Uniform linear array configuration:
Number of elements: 4
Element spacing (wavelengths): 1
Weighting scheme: binomial
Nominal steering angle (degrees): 15
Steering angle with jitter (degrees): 14.607
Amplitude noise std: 0.05
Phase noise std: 0.05

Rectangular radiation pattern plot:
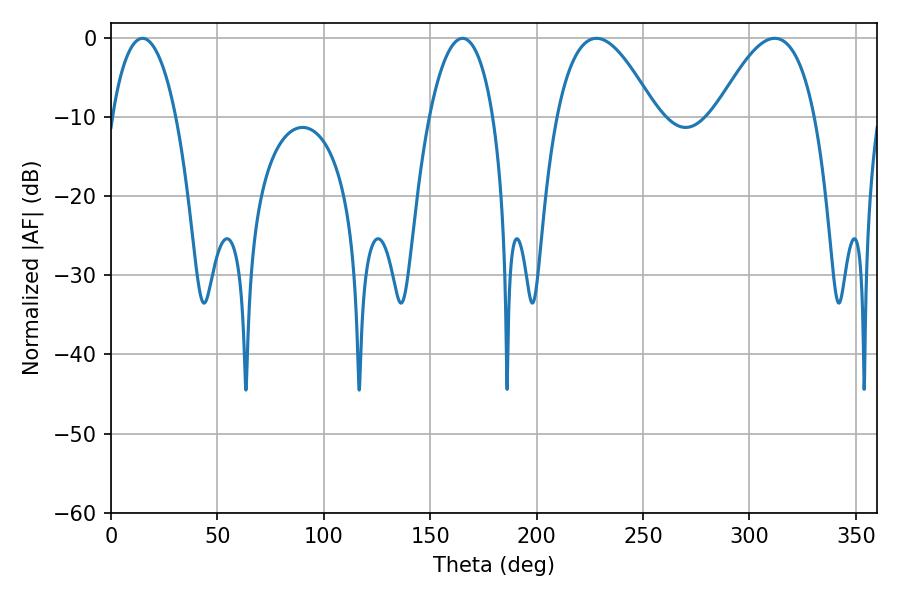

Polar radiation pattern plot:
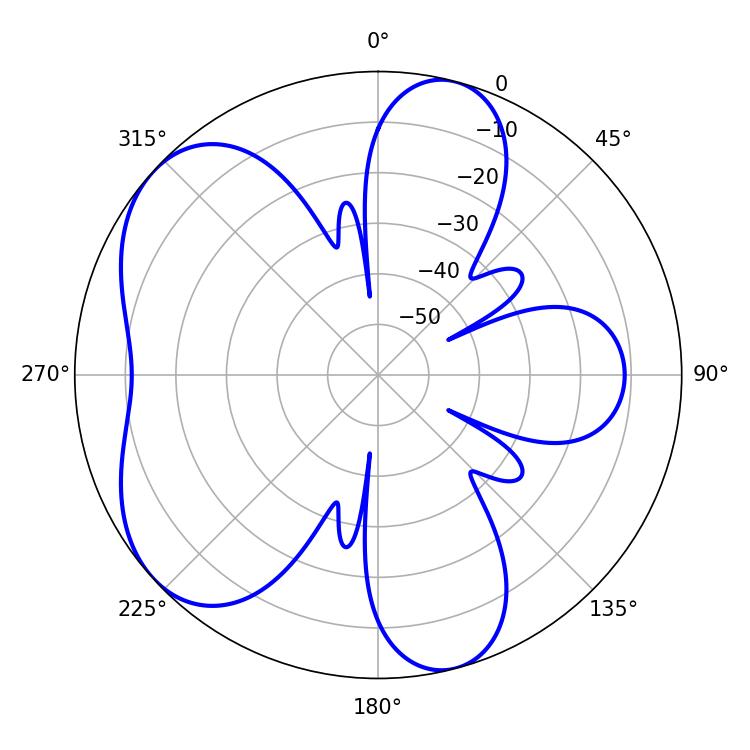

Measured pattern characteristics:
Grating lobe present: TRUE
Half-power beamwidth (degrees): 16.74
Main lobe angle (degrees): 14.76